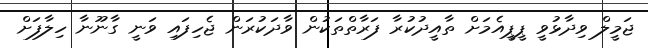
ޖަމީލް ވިދާޅުވީ ޕީޕީއެމަށް ތާއީދުކުރާ ފަރާތްތަކުން ވާދަކުރަން ޖެހިފައި ވަނީ ގާނޫނާ ހިލާފަށް